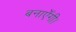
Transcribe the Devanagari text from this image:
बनाएँगी।